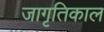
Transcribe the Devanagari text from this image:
जागृतिकाल